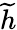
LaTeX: \widetilde{h}